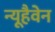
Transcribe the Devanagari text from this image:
न्यूहैवेन